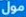
مول